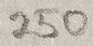
Text: 250